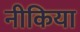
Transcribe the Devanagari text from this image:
नीकिया